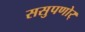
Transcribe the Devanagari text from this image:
ससुपणोर्